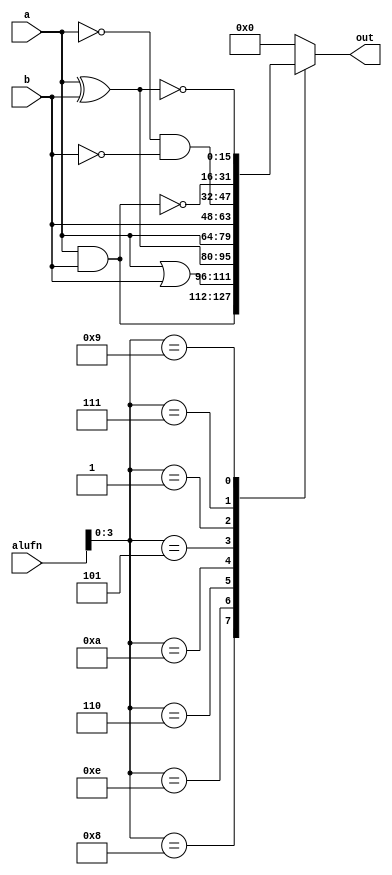
/*
   This file was generated automatically by Alchitry Labs version 1.2.7.
   Do not edit this file directly. Instead edit the original Lucid source.
   This is a temporary file and any changes made to it will be destroyed.
*/

module boolean_14 (
    input [15:0] a,
    input [15:0] b,
    input [5:0] alufn,
    output reg [15:0] out
  );
  
  
  
  always @* begin
    
    case (alufn[0+3-:4])
      default: begin
        out = 16'h0000;
      end
      4'h8: begin
        out = a & b;
      end
      4'he: begin
        out = a | b;
      end
      4'h6: begin
        out = a ^ b;
      end
      4'ha: begin
        out = a;
      end
      4'h5: begin
        out = b;
      end
      4'h1: begin
        out = ~a & ~b;
      end
      4'h7: begin
        out = ~(a & b);
      end
      4'h9: begin
        out = ~(a ^ b);
      end
    endcase
  end
endmodule